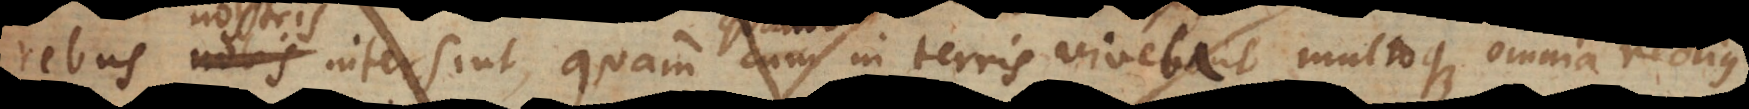
cum in terris quando in terris vivebant multoque omnia rectius